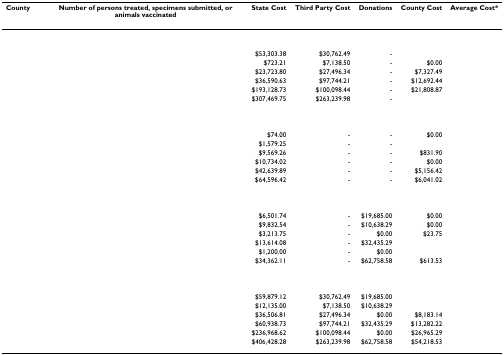
<table><thead><tr><td><b>County</b></td><td><b>Number of persons treated, specimens submitted, or animals vaccinated</b></td><td><b>State Cost</b></td><td><b>Third Party Cost</b></td><td><b>Donations</b></td><td><b>County Cost</b></td><td><b>Average Cost*</b></td></tr></thead><tbody><tr><td colspan="7">[EMPTY_CELL]</td></tr><tr><td>[EMPTY_CELL]</td><td>[EMPTY_CELL]</td><td>$53,303.38</td><td>$30,762.49</td><td>-</td><td>[EMPTY_CELL]</td><td>[EMPTY_CELL]</td></tr><tr><td>[EMPTY_CELL]</td><td>[EMPTY_CELL]</td><td>$723.21</td><td>$7,138.50</td><td>-</td><td>$0.00</td><td>[EMPTY_CELL]</td></tr><tr><td>[EMPTY_CELL]</td><td>[EMPTY_CELL]</td><td>$23,723.80</td><td>$27,496.34</td><td>-</td><td>$7,327.49</td><td>[EMPTY_CELL]</td></tr><tr><td>[EMPTY_CELL]</td><td>[EMPTY_CELL]</td><td>$36,590.63</td><td>$97,744.21</td><td>-</td><td>$12,692.44</td><td>[EMPTY_CELL]</td></tr><tr><td>[EMPTY_CELL]</td><td>[EMPTY_CELL]</td><td>$193,128.73</td><td>$100,098.44</td><td>-</td><td>$21,808.87</td><td>[EMPTY_CELL]</td></tr><tr><td>[EMPTY_CELL]</td><td>[EMPTY_CELL]</td><td>$307,469.75</td><td>$263,239.98</td><td>-</td><td>[EMPTY_CELL]</td><td>[EMPTY_CELL]</td></tr><tr><td colspan="7">[EMPTY_CELL]</td></tr><tr><td>[EMPTY_CELL]</td><td>[EMPTY_CELL]</td><td>$74.00</td><td>-</td><td>-</td><td>$0.00</td><td>[EMPTY_CELL]</td></tr><tr><td>[EMPTY_CELL]</td><td>[EMPTY_CELL]</td><td>$1,579.25</td><td>-</td><td>-</td><td>[EMPTY_CELL]</td><td>[EMPTY_CELL]</td></tr><tr><td>[EMPTY_CELL]</td><td>[EMPTY_CELL]</td><td>$9,569.26</td><td>-</td><td>-</td><td>$831.90</td><td>[EMPTY_CELL]</td></tr><tr><td>[EMPTY_CELL]</td><td>[EMPTY_CELL]</td><td>$10,734.02</td><td>-</td><td>-</td><td>$0.00</td><td>[EMPTY_CELL]</td></tr><tr><td>[EMPTY_CELL]</td><td>[EMPTY_CELL]</td><td>$42,639.89</td><td>-</td><td>-</td><td>$5,156.42</td><td>[EMPTY_CELL]</td></tr><tr><td>[EMPTY_CELL]</td><td>[EMPTY_CELL]</td><td>$64,596.42</td><td>-</td><td>-</td><td>$6,041.02</td><td>[EMPTY_CELL]</td></tr><tr><td colspan="7">[EMPTY_CELL]</td></tr><tr><td>[EMPTY_CELL]</td><td>[EMPTY_CELL]</td><td>$6,501.74</td><td>-</td><td>$19,685.00</td><td>$0.00</td><td>[EMPTY_CELL]</td></tr><tr><td>[EMPTY_CELL]</td><td>[EMPTY_CELL]</td><td>$9,832.54</td><td>-</td><td>$10,638.29</td><td>$0.00</td><td>[EMPTY_CELL]</td></tr><tr><td>[EMPTY_CELL]</td><td>[EMPTY_CELL]</td><td>$3,213.75</td><td>-</td><td>$0.00</td><td>$23.75</td><td>[EMPTY_CELL]</td></tr><tr><td>[EMPTY_CELL]</td><td>[EMPTY_CELL]</td><td>$13,614.08</td><td>-</td><td>$32,435.29</td><td>[EMPTY_CELL]</td><td>[EMPTY_CELL]</td></tr><tr><td>[EMPTY_CELL]</td><td>[EMPTY_CELL]</td><td>$1,200.00</td><td>-</td><td>$0.00</td><td>[EMPTY_CELL]</td><td>[EMPTY_CELL]</td></tr><tr><td>[EMPTY_CELL]</td><td>[EMPTY_CELL]</td><td>$34,362.11</td><td>-</td><td>$62,758.58</td><td>$613.53</td><td>[EMPTY_CELL]</td></tr><tr><td colspan="7">[EMPTY_CELL]</td></tr><tr><td>[EMPTY_CELL]</td><td>[EMPTY_CELL]</td><td>$59,879.12</td><td>$30,762.49</td><td>$19,685.00</td><td>[EMPTY_CELL]</td><td>[EMPTY_CELL]</td></tr><tr><td>[EMPTY_CELL]</td><td>[EMPTY_CELL]</td><td>$12,135.00</td><td>$7,138.50</td><td>$10,638.29</td><td>[EMPTY_CELL]</td><td>[EMPTY_CELL]</td></tr><tr><td>[EMPTY_CELL]</td><td>[EMPTY_CELL]</td><td>$36,506.81</td><td>$27,496.34</td><td>$0.00</td><td>$8,183.14</td><td>[EMPTY_CELL]</td></tr><tr><td>[EMPTY_CELL]</td><td>[EMPTY_CELL]</td><td>$60,938.73</td><td>$97,744.21</td><td>$32,435.29</td><td>$13,282.22</td><td>[EMPTY_CELL]</td></tr><tr><td>[EMPTY_CELL]</td><td>[EMPTY_CELL]</td><td>$236,968.62</td><td>$100,098.44</td><td>$0.00</td><td>$26,965.29</td><td>[EMPTY_CELL]</td></tr><tr><td>[EMPTY_CELL]</td><td>[EMPTY_CELL]</td><td>$406,428.28</td><td>$263,239.98</td><td>$62,758.58</td><td>$54,218.53</td><td>[EMPTY_CELL]</td></tr></tbody></table>